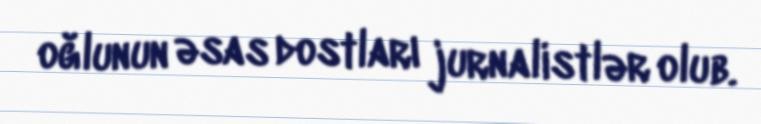
oğlunun əsas dostları jurnalistlər olub.